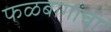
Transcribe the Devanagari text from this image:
फळबागांचा